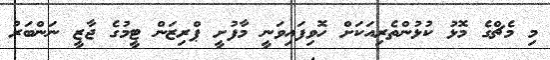
މި މެޗްގެ މޮޅު ކުޅުންތެރިއަކަށް ހޮވިފައިވަނީ މާފުށީ ޕްރިޒަން ޓީމުގެ ޖާޒީ ނަންބަރު